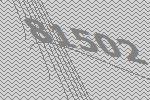
81502